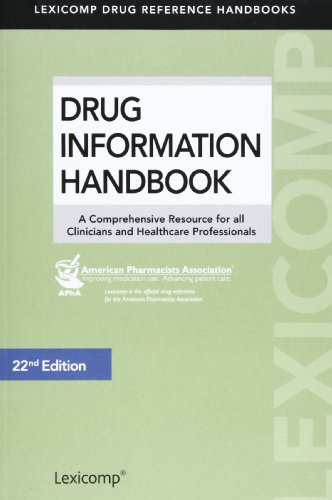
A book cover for Drug Information Handbook (Lexicomp's Drug Reference Handbooks); Medical Books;